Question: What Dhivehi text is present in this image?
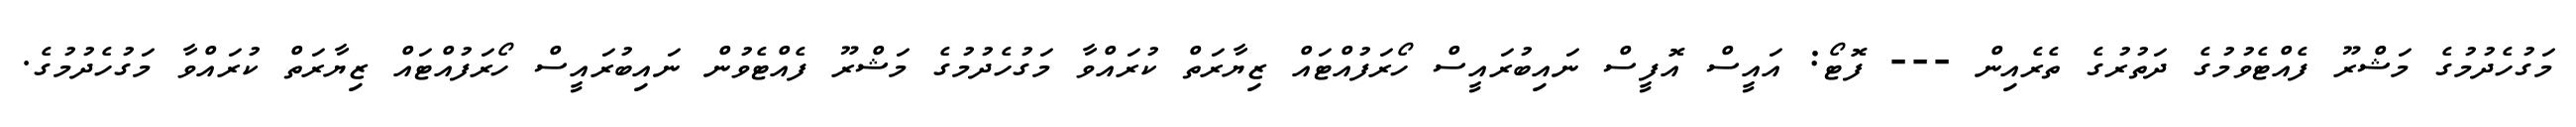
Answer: މަގުހެދުމުގެ މަޝްރޫ ފެއްޓެވުމުގެ ދަތުރުގެ ތެރެއިން --- ފޮޓޯ: އައީސް އޮފީސް ނައިބުރައީސް ހޯރަފުއްޓައް ޒިޔާރަތް ކުރައްވާ މަގުހެދުމުގެ މަޝްރޫ ފެއްޓެވުން ނައިބުރައީސް ހޯރަފުއްޓައް ޒިޔާރަތް ކުރައްވާ މަގުހެދުމުގެ.